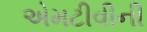
એમટીવીની